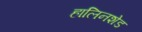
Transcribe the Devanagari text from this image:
हालिनशेड